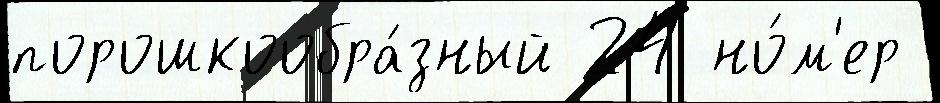
порошкообра́зный 24 но́м'ер